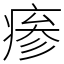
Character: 瘆